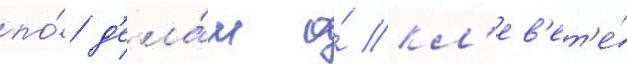
по́ д'ела́м о́ кл'ев'ет'е́